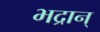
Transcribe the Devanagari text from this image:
भद्रान्